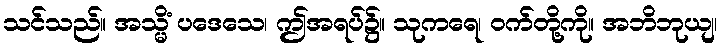
သင်သည်။ အသ္မိံ ပဒေသေ၊ ဤအရပ်၌။ သုကရေ၊ ဝက်တို့ကို။ အဘိဘုယျ၊